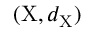
( \mathrm { X } , d _ { \mathrm { X } } )